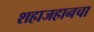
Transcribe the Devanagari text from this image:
शहाजहानचा